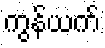
ကွန်ယက်